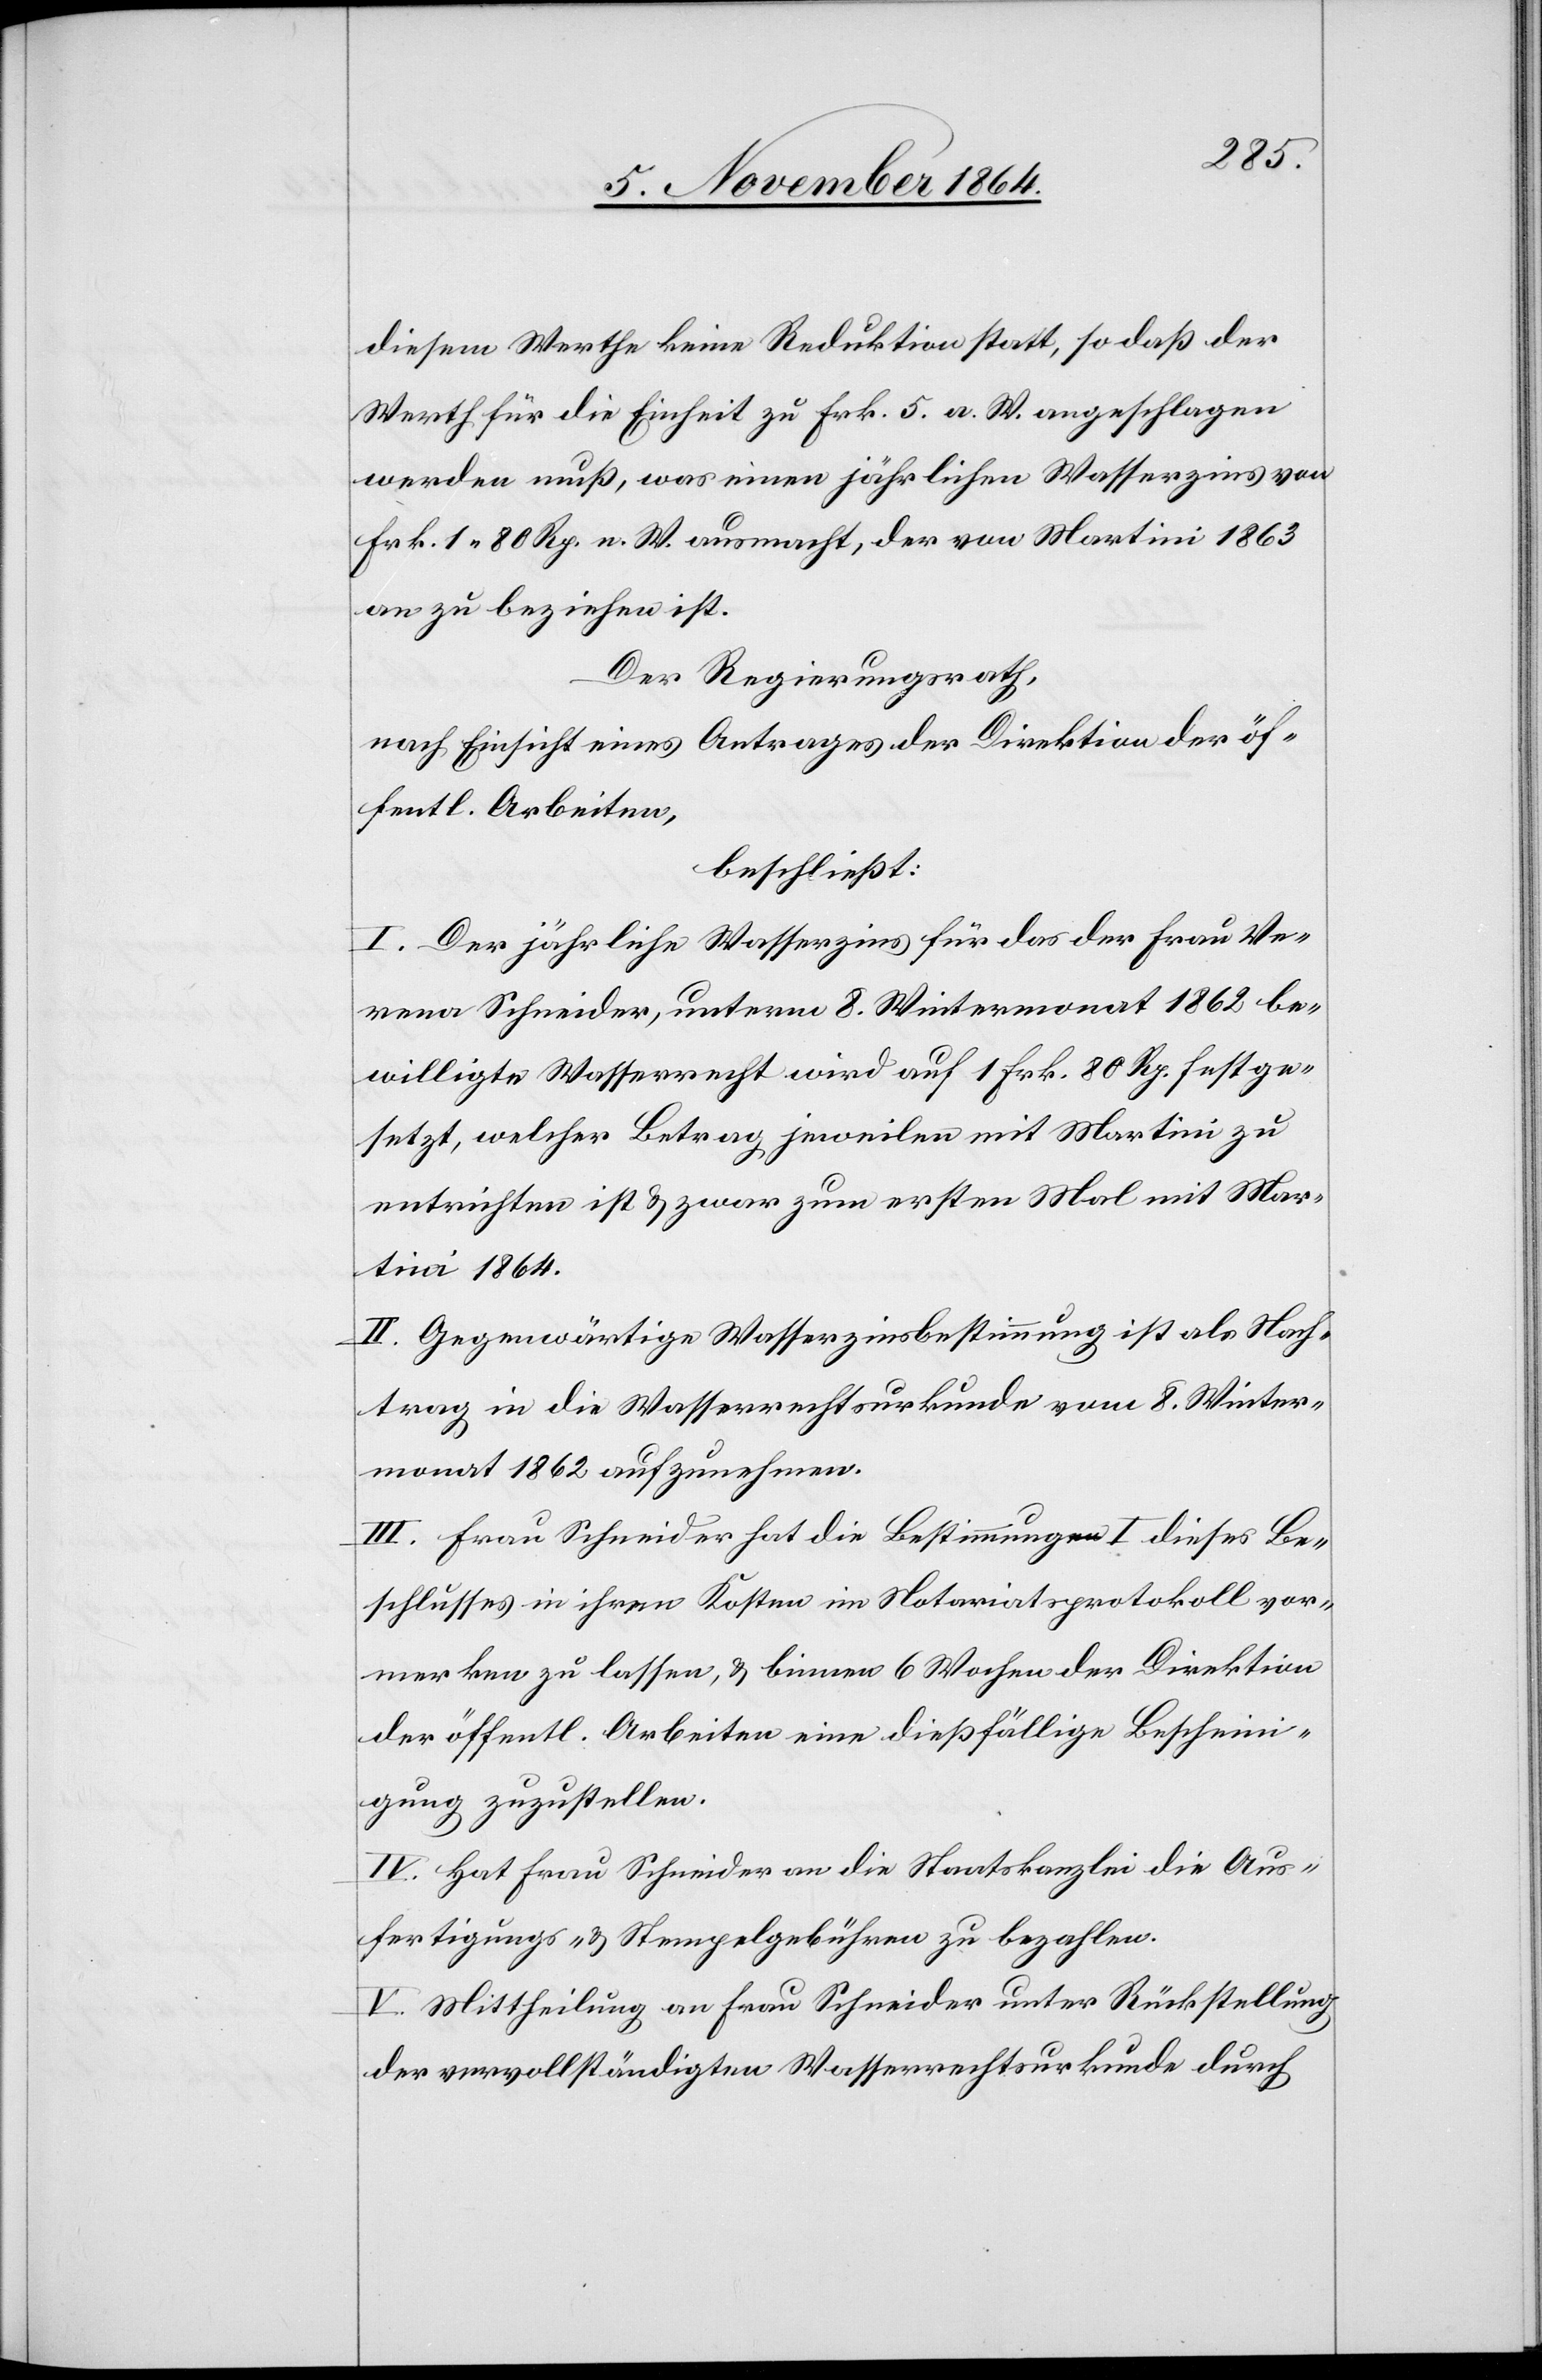
diesem Werthe keine Reduktion statt, so daß der
Werth für die Einheit zu Frk. 5. a. W. angeschlagen
werden muß, was einen jährlichen Wasserzins von
Frk. 1.80 Rp. n. W. ausmacht, der von Martini 1863
an zu beziehen ist.
Der Regierungsrath,
nach Einsicht eines Antrages der Direktion der öf¬
fentl. Arbeiten,
beschließt:
I. Der jährliche Wasserzins für das der Frau Ve¬
rena Schneider, unterm 8. Wintermonat 1862 be¬
willigte Wasserrecht wird auf 1 Frk. 80 Rp. festge¬
setzt, welcher Betrag jeweilen mit Martini zu
entrichten ist & zwar zum ersten Mal mit Mar¬
tini 1864.
II. Gegenwärtige Wasserzinsbestimmung ist als Nach¬
trag in die Wasserrechtsurkunde vom 8. Winter¬
monat 1862 aufzunehmen.
III. Frau Schneider hat die Bestimmung I. dieses Be¬
schlusses in ihren Kosten im Notariatsprotokoll vor¬
merken zu lassen, & binnen 6 Wochen der Direktion
der öffentl. Arbeiten eine dießfällige Beschein¬
igung zuzustellen.
IV. Hat Frau Schneider an die Staatskanzlei die Aus¬
fertigungs- & Stempelgebühren zu bezahlen.
V. Mittheilung an Frau Schneider unter Rückstellung
der vervollständigten Wasserrechtsurkunde durch